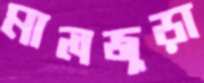
মালজুড়া